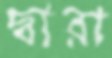
দ্বারা